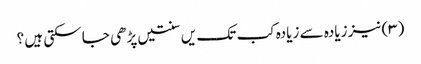
(۳) نیز زیادہ سے زیادہ کب تک یں سنتیں پڑھی جا سکتی ہیں ؟